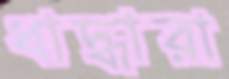
ধাদ্ধারা